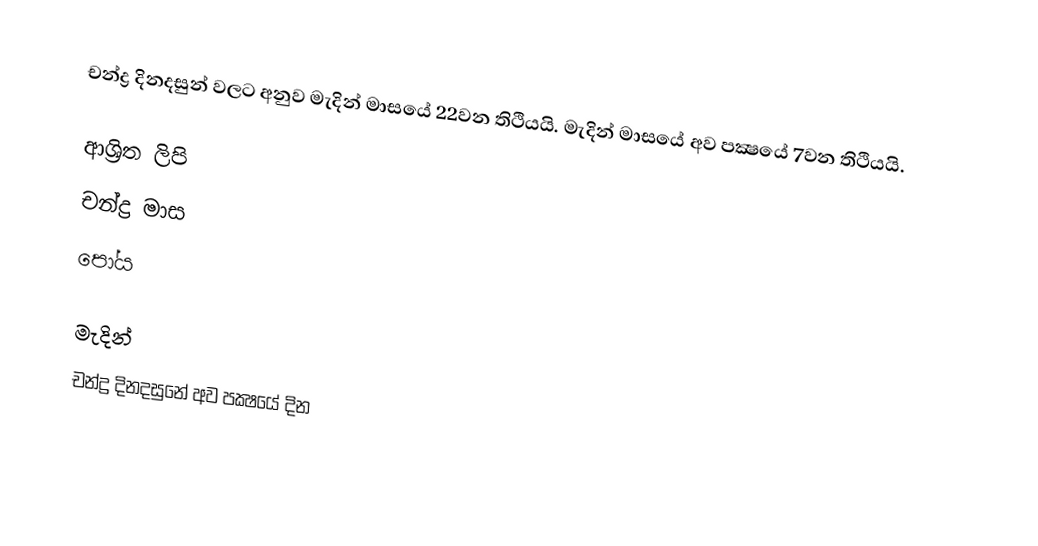
චන්ද්‍ර දිනදසුන් වලට අනුව මැදින් මාසයේ 22වන තිථියයි. මැදින් මාසයේ අව පක්‍ෂයේ 7වන තිථියයි.

ආශ්‍රිත ලිපි
 චන්ද්‍ර මාස
 පෝය

මැදින්
චන්ද්‍ර දිනදසුනේ අව පක්‍ෂයේ දින